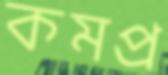
কমপ্র